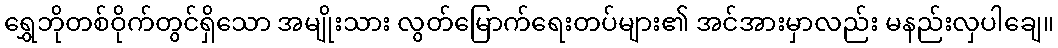
ရွှေဘိုတစ်ဝိုက်တွင်ရှိသော အမျိုးသား လွတ်မြောက်ရေးတပ်များ၏ အင်အားမှာလည်း မနည်းလှပါချေ။